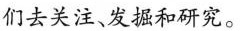
们去关注、发掘和研究。